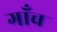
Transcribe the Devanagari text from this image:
गाँच